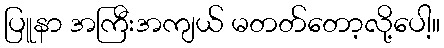
ပြူနာ အကြီးအကျယ် မတတ်တော့လို့ပေါ့။